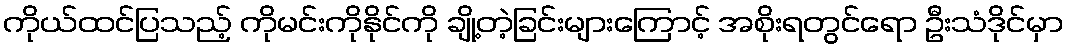
ကိုယ်ထင်ပြသည့် ကိုမင်းကိုနိုင်ကို ချို့တဲ့ခြင်းများကြောင့် အစိုးရတွင်ရော ဦးသံဒိုင်မှာ